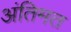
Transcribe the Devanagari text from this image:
अंतिमत